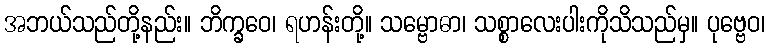
အဘယ်သည်တို့နည်း။ ဘိက္ခဝေ၊ ရဟန်းတို့။ သမ္ဗောဓာ၊ သစ္စာလေးပါးကိုသိသည်မှ။ ပုဗ္ဗေဝ၊